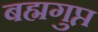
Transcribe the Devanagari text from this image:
बह्मगुप्त